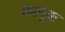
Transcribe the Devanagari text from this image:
कामूक